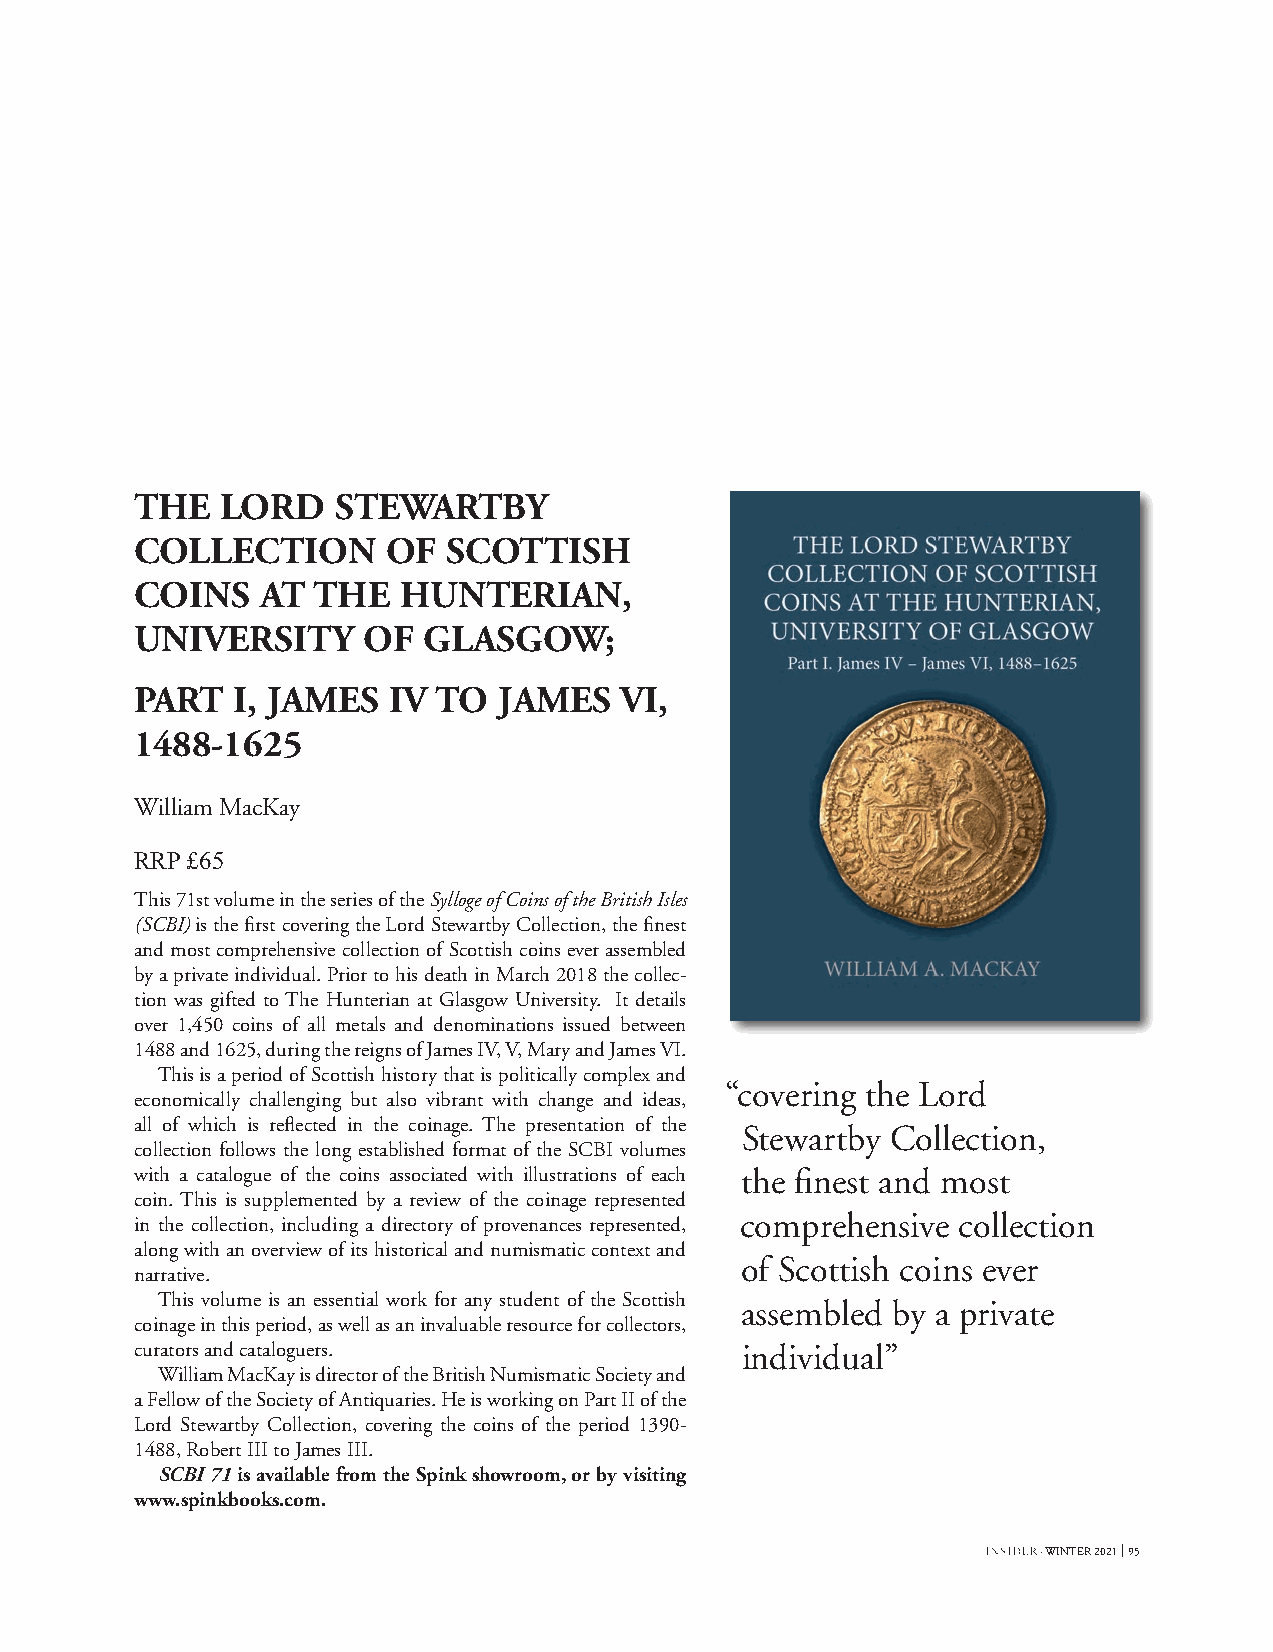
THE   LORD   STEWARTBY
 COLLECTION       OF  SCOTTISH
 COINS   AT  THE  HUNTERIAN,
 UNIVERSITY     OF  GLASGOW;
 PART  I, JAMES   IV TO  JAMES   VI,
 1488-1625
 William MacKay
 RRP £65
 This 71st volume in the series of the Sylloge of Coins of the British Isles
 (SCBI) is the first covering the Lord Stewartby Collection, the finest
 and most comprehensive collection of Scottish coins ever assembled
 by a private individual. Prior to his death in March 2018 the collec-
 tion was gifted to The Hunterian at Glasgow University. It details
 over 1,450 coins of all metals and denominations issued between
 1488 and 1625, during the reigns of James IV, V, Mary and James VI.
 This is a period of Scottish history that is politically complex and
 “covering the Lord
 economically challenging but also vibrant with change and ideas,
 all of which is reflected in the coinage. The presentation of the
 Stewartby Collection,
 collection follows the long established format of the SCBI volumes
 with a catalogue of the coins associated with illustrations of each the finest and most
 coin. This is supplemented by a review of the coinage represented
 in the collection, including a directory of provenances represented, comprehensive collection
 along with an overview of its historical and numismatic context and
 of Scottish coins ever
 narrative.
 This volume is an essential work for any student of the Scottish
 assembled by a private
 coinage in this period, as well as an invaluable resource for collectors,
 curators and cataloguers.               individual”
 William MacKay is director of the British Numismatic Society and
 a Fellow of the Society of Antiquaries. He is working on Part II of the
 Lord Stewartby Collection, covering the coins of the period 1390-
 1488, Robert III to James III.
 SCBI 71 is available from the Spink showroom, or by visiting
 www.spinkbooks.com.
 · WINTER 2021 95